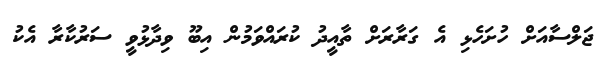
ޖަލްސާއަށް ހުށަހެޅި އެ ގަރާރަށް ތާއީދު ކުރައްވަމުން އިބޫ ވިދާޅުވީ ސަރުކާރާ އެކު